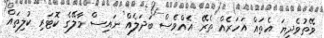
ވޭތުވެދިޔަ އެތައް އަހަރެއް ތެރޭ އެއްވެސް ބަދަލެއް ނައިސް މާލޭގެ ކޮޓަރި ކުލިތައް